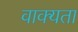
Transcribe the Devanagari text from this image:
वाक्यता